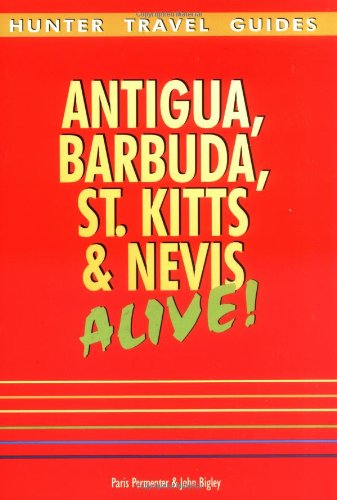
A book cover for Antigua, Barbuda, St. Kitts & Nevis Alive!; Paris Permenter; Travel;